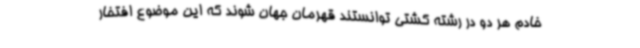
خادم هر دو در رشته کشتی توانستند قهرمان جهان شوند که این موضوع افتخار